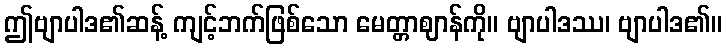
ဤဗျာပါဒ၏ဆန့် ကျင့်ဘက်ဖြစ်သော မေတ္တာဈာန်ကို။ ဗျာပါဒဿ၊ ဗျာပါဒ၏။